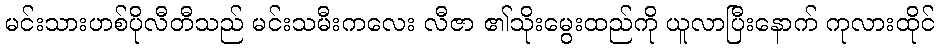
မင်းသားဟစ်ပိုလီတီသည် မင်းသမီးကလေး လီဇာ ၏သိုးမွေးထည်ကို ယူလာပြီးနောက် ကုလားထိုင်